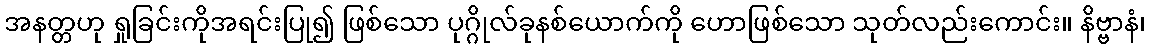
အနတ္တဟု ရှုခြင်းကိုအရင်းပြု၍ ဖြစ်သော ပုဂ္ဂိုလ်ခုနစ်ယောက်ကို ဟောဖြစ်သော သုတ်လည်းကောင်း။ နိဗ္ဗာနံ၊